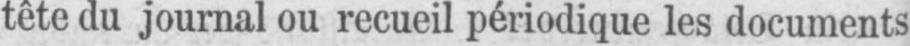
tête du journal ou recueil périodique les documents